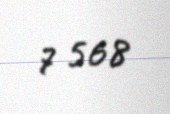
7 568